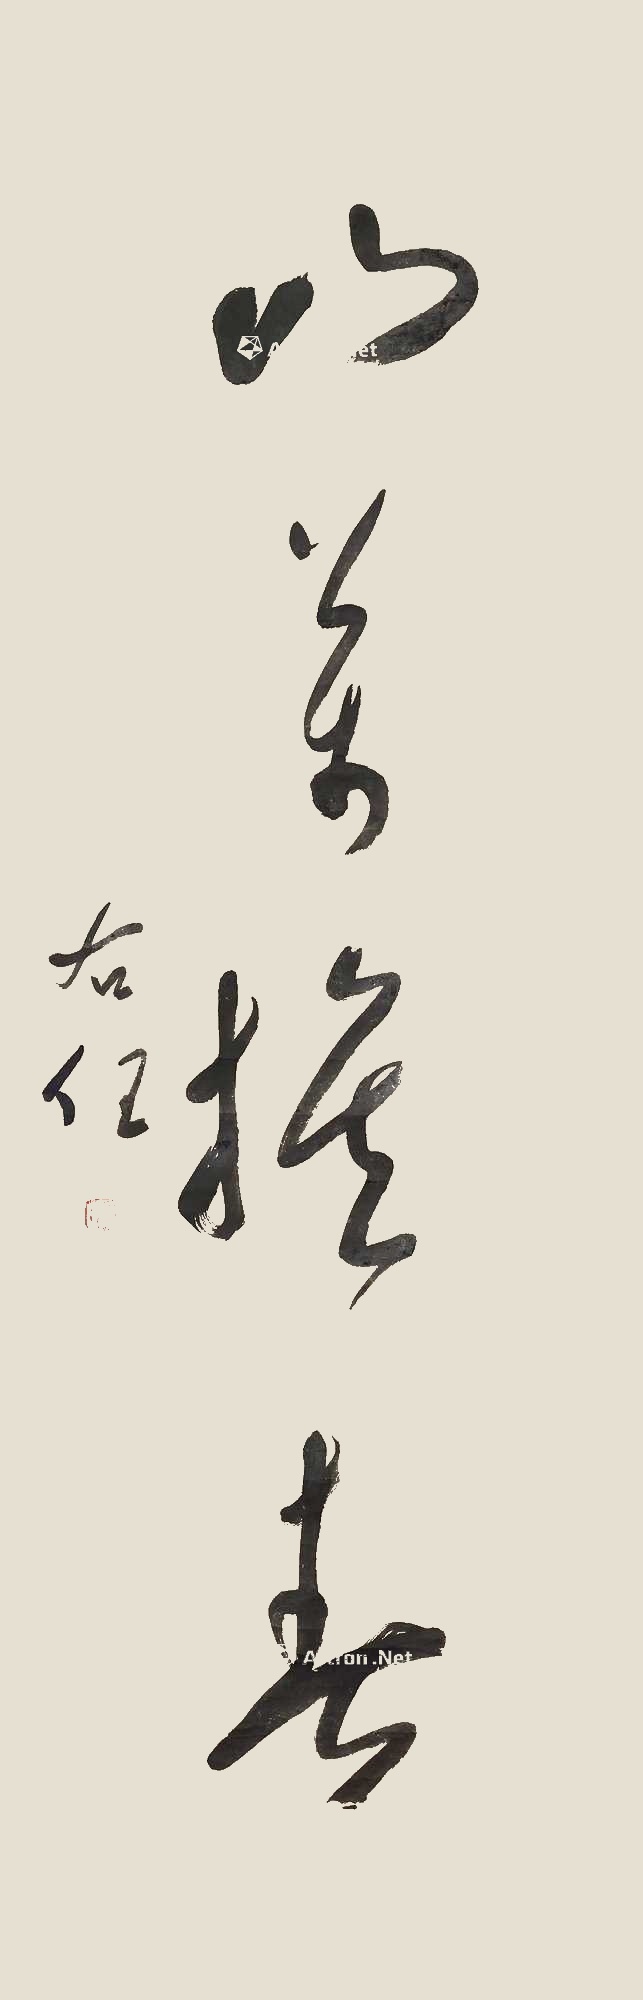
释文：山万抚春右任。